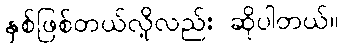
နှစ်ဖြစ်တယ်လို့လည်း ဆိုပါတယ်။